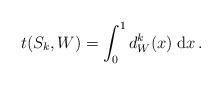
LaTeX: \begin{align*}t(S_k, W)=\int_0^1 d^k_W(x)\; \mathrm{d} x\,.\end{align*}